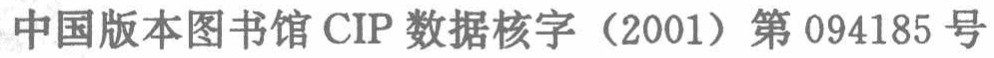
中国版本图书馆CIP 数据核字（2001）第 094185 号